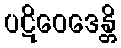
ပဋိဝေဒေန္တိ